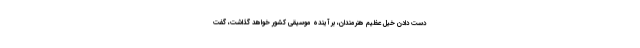
دست دادن خیل عظیم هنرمندان، بر آینده موسیقی کشور خواهد گذاشت، گفت